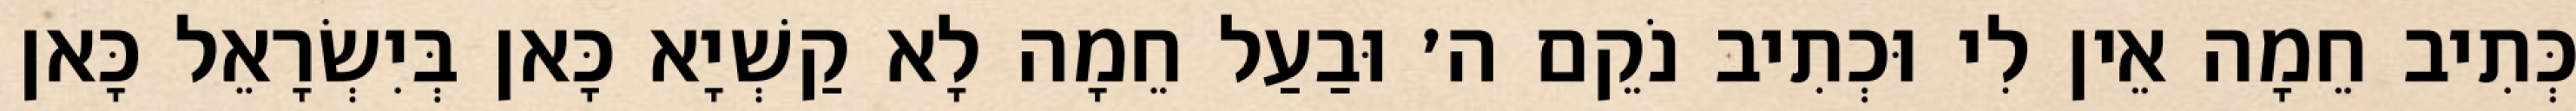
כְּתִיב חֵמָה אֵין לִי וּכְתִיב נֹקֵם ה׳ וּבַעַל חֵמָה לָא קַשְׁיָא כָּאן בְּיִשְׂרָאֵל כָּאן